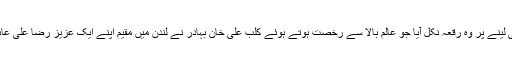
البتہ تلاشی جیب کی لینے پر وہ رقعہ نکل آیا جو عالمِ بالا سے رخصت ہوتے ہوئے کلبِ علی خان بہادر نے لندن میں مقیم اپنے ایک عزیز رضا علی عابدی کے نام دیا تھا۔